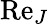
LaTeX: {\mathrm{Re}}_{J}